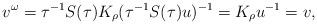
LaTeX: \begin{align*}v^\omega=\tau^{-1}S(\tau)K_\rho (\tau^{-1}S(\tau)u)^{-1}=K_\rho u^{-1}=v,\end{align*}